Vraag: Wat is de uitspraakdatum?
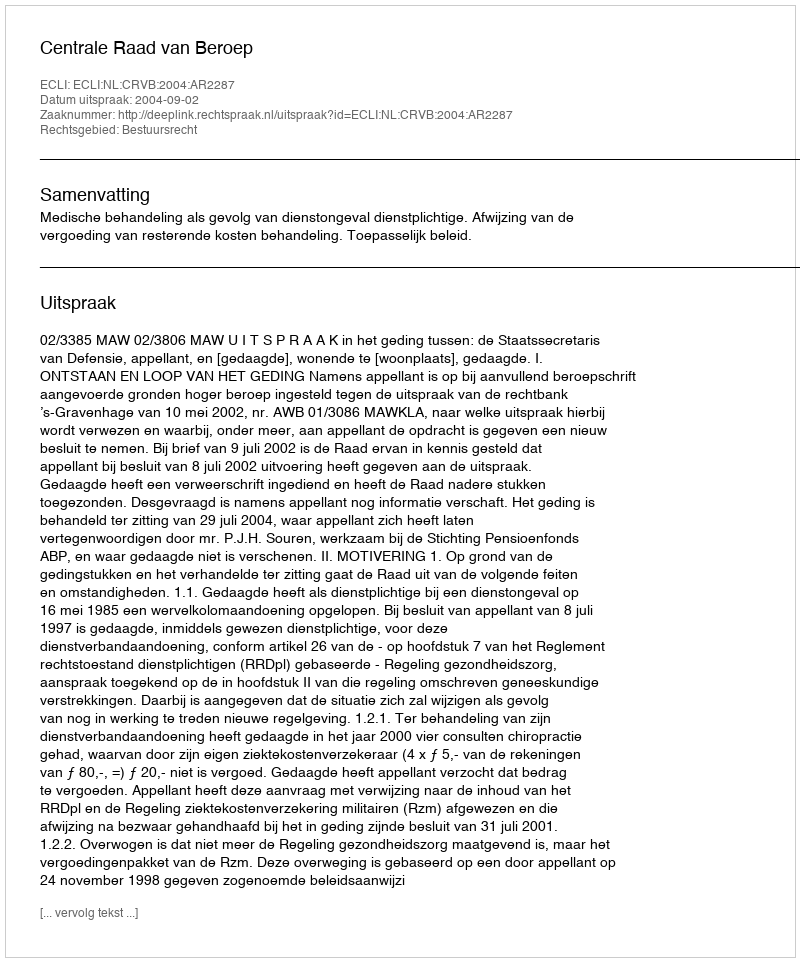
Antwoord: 2004-09-02